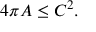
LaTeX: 4 \pi A \leq C ^ { 2 } .